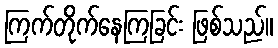
ကြက်တိုက်နေကြခြင်း ဖြစ်သည်။